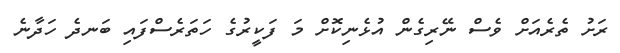
ރަށު ތެރެއަށް ވެސް ނޭރިގެން އުޅެނިކޮށް މަ ފަކީރުގެ ހަތަރެސްފައި ބަނދެ ހަދާނެ